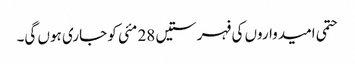
حتمی امیدواروں کی فہرستیں 28 مئی کو جاری ہوں گی۔